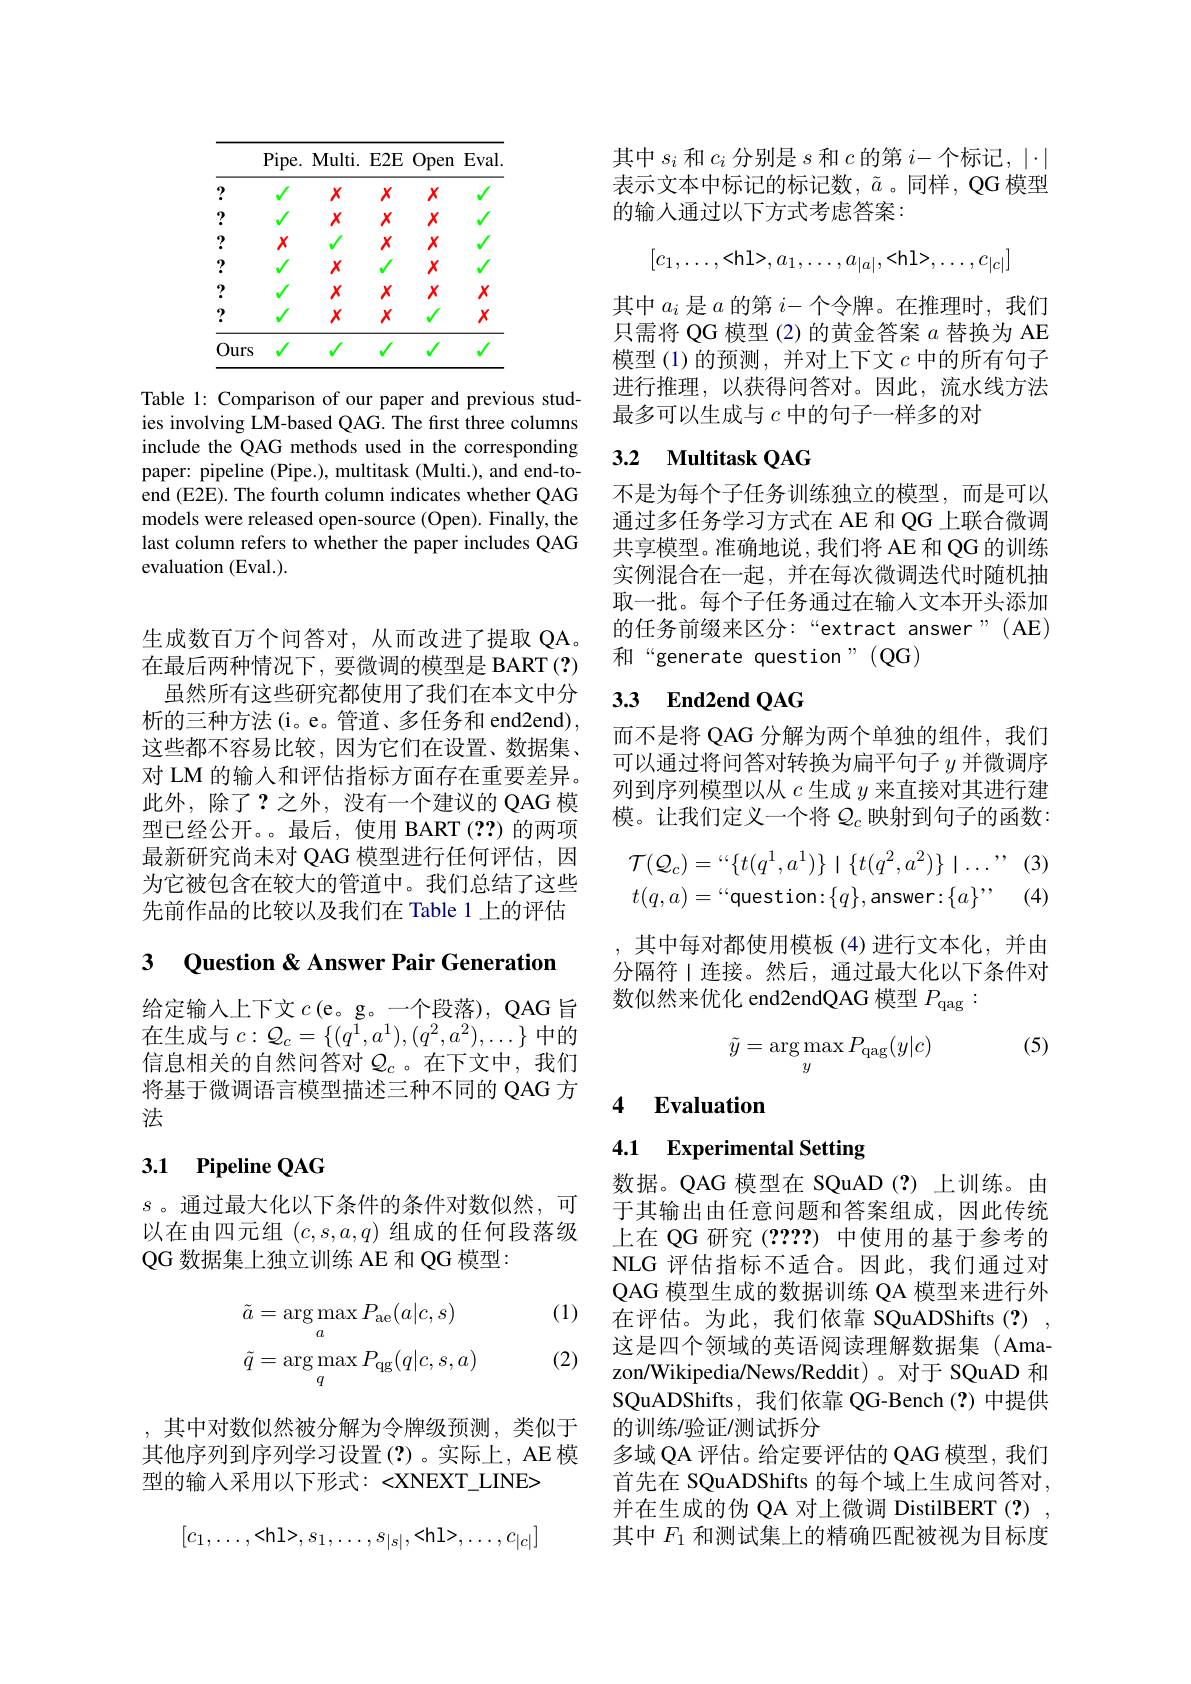
<table>
	<tbody>
		<tr>
			<th> </th>
			<th>Pipe. </th>
			<th>$E2E$ $\mathbf{Multi}.$</th>
			<th>Open $E2E$</th>
			<th>$Eval.$</th>
		</tr>
		<tr>
			<td>?</td>
			<td>$√$</td>
			<td>$X$ $X$</td>
			<td>$X$ $X$</td>
			<td>1 1</td>
		</tr>
		<tr>
			<td>?</td>
			<td>1</td>
			<td>$X$ $X$</td>
			<td>$X$ $X$</td>
			<td>1</td>
		</tr>
		<tr>
			<td>?</td>
			<td>$X$</td>
			<td>$X$</td>
			<td>$X$ $X$</td>
			<td>1</td>
		</tr>
		<tr>
			<td>?</td>
			<td>1</td>
			<td>$X$</td>
			<td>$X$</td>
			<td>1</td>
		</tr>
		<tr>
			<td>?</td>
			<td>1</td>
			<td>$X$ $X$</td>
			<td>$X$ $X$</td>
			<td>$X$</td>
		</tr>
		<tr>
			<td>?</td>
			<td>$√$</td>
			<td>$X$ $X$</td>
			<td>$X$</td>
			<td>$X$</td>
		</tr>
		<tr>
			<td>Ours</td>
			<td>1 1</td>
			<td> </td>
			<td> </td>
			<td>1</td>
		</tr>
	</tbody>
</table>

Table 1: Comparison of our paper and previous studies involving LM-based QAG. The frst three columns include the QAG methods used in the corresponding paper: pipeline (Pipe.), multitask (Multi.), and end-toend (E2E). The fourth column indicates whether QAG models were released open-source (Open). Finally, the last column refers to whether the paper includes QAG evaluation (Eval.).

生成数百万个问答对，从而改进了提取 QA。在最后两种情况下，要微调的模型是 BART (?)
虽然所有这些研究都使用了我们在本文中分析的三种方法(i。e。管道、多任务和 end2end), 这些都不容易比较，因为它们在设置、数据集、 对 LM 的输入和评估指标方面存在重要差异。此外，除了？之外，没有一个建议的 QAG 模型已经公开。。最后，使用 BART(??)的两项最新研究尚未对 QAG 模型进行任何评估，因为它被包含在较大的管道中。我们总结了这些先前作品的比较以及我们在 Table 1 上的评估

3 Question & Answer Pair Generation

给定输入上下文$c$(e。g。一个段落), QAG 旨在生成与$c:\mathcal{Q}_c=\{(q^{1},a^{1}),(q^{2},a^{2}),\ldots\}$中的信息相关的自然问答对$\mathcal{Q}_c$ 。在下文中，我们将基于微调语言模型描述三种不同的 QAG 方法

## 3.1 Pipeline QAG

$s$ 。通过最大化以下条件的条件对数似然，可以在由四元组$(c,s,a,q)$组成的任何段落级QG 数据集上独立训练 AE 和 QG 模型：

(1)
$$\begin{aligned}&\tilde{a}=\arg\max_{a}P_{\mathrm{ae}}(a|c,s)\\&\tilde{q}=\arg\max_{q}P_{\mathrm{qg}}(q|c,s,a)\end{aligned}$$
(2)

,其中对数似然被分解为令牌级预测，类似于其他序列到序列学习设置(?)。实际上，AE 模型的输入采用以下形式：<XNEXT\_LINE>
$$[c_1,\dots,\text{<h}1>,s_1,\dots,s_{|s|},\text{<h}1>,\dots,c_{|c|}]$$
其中$s_i$和$c_i$分别是$s$和$c$的第$i-$个标记，$|\cdot|$ 表示文本中标记的标记数，$\tilde{a}$。同样，QG 模型的输入通过以下方式考虑答案：
$$[c_1,\dots,\text{<h}1>,a_1,\dots,a_{|a|},\text{<h}1>,\dots,c_{|c|}]$$
其中$a_i$是$a$的第$i-$个令牌。在推理时，我们只需将 QG 模型 (2) 的黄金答案$a$替换为 AE 模型(1)的预测，并对上下文$c$中的所有句子进行推理，以获得问答对。因此，流水线方法最多可以生成与$c$中的句子一样多的对

# 3.2 Multitask QAG

不是为每个子任务训练独立的模型，而是可以通过多任务学习方式在 AE 和 QG 上联合微调共享模型。准确地说，我们将 AE 和 QG 的训练实例混合在一起，并在每次微调迭代时随机抽取一批。每个子任务通过在输入文本开头添加的任务前缀来区分：“extract answer”(AE) 和“generate question”(QG)

## 3.3 End2end QAG

而不是将 QAG 分解为两个单独的组件，我们可以通过将问答对转换为扁平句子$y$并微调序列到序列模型以从$c$生成$y$来直接对其进行建模。让我们定义一个将$\mathcal{Q}_c$映射到句子的函数：
$$\mathcal{T}(\mathcal{Q}_{c})=``\{t(q^{1},a^{1})\}\mid\{t(q^{2},a^{2})\}\mid\ldots",\\t(q,a)=``\mathrm{question}:\{q\},\mathrm{answer}:\{a\}",$$
其中每对都使用模板(4)进行文本化，并由分隔符丨连接。然后，通过最大化以下条件对数似然来优化 end2endQAG 模型$P_\mathrm{qag}:$

(5)
$$\tilde{y}=\arg\max_{y}P_{\mathrm{qag}}(y|c)$$
### 4 Evaluation

# 4.1 Experimental Setting

数据。QAG 模型在 SQuAD(?)上训练。由于其输出由任意问题和答案组成，因此传统上在 QG 研究(????) 中使用的基于参考的NLG 评估指标不适合。因此，我们通过对QAG 模型生成的数据训练 QA 模型来进行外在评估。为此，我们依靠 SQuADShifts(?), 这是四个领域的英语阅读理解数据集(Amazon/Wikipedia/News/Reddit)。对于 SQuAD 和SQuADShifts, 我们依靠 QG-Bench(?)中提供的训练/验证/测试拆分
多域 QA 评估。给定要评估的 QAG 模型，我们首先在 SQuADShifts 的每个域上生成问答对， 并在生成的伪 QA 对上微调 DistilBERT (?) , 其中$F_{1}$和测试集上的精确匹配被视为目标度